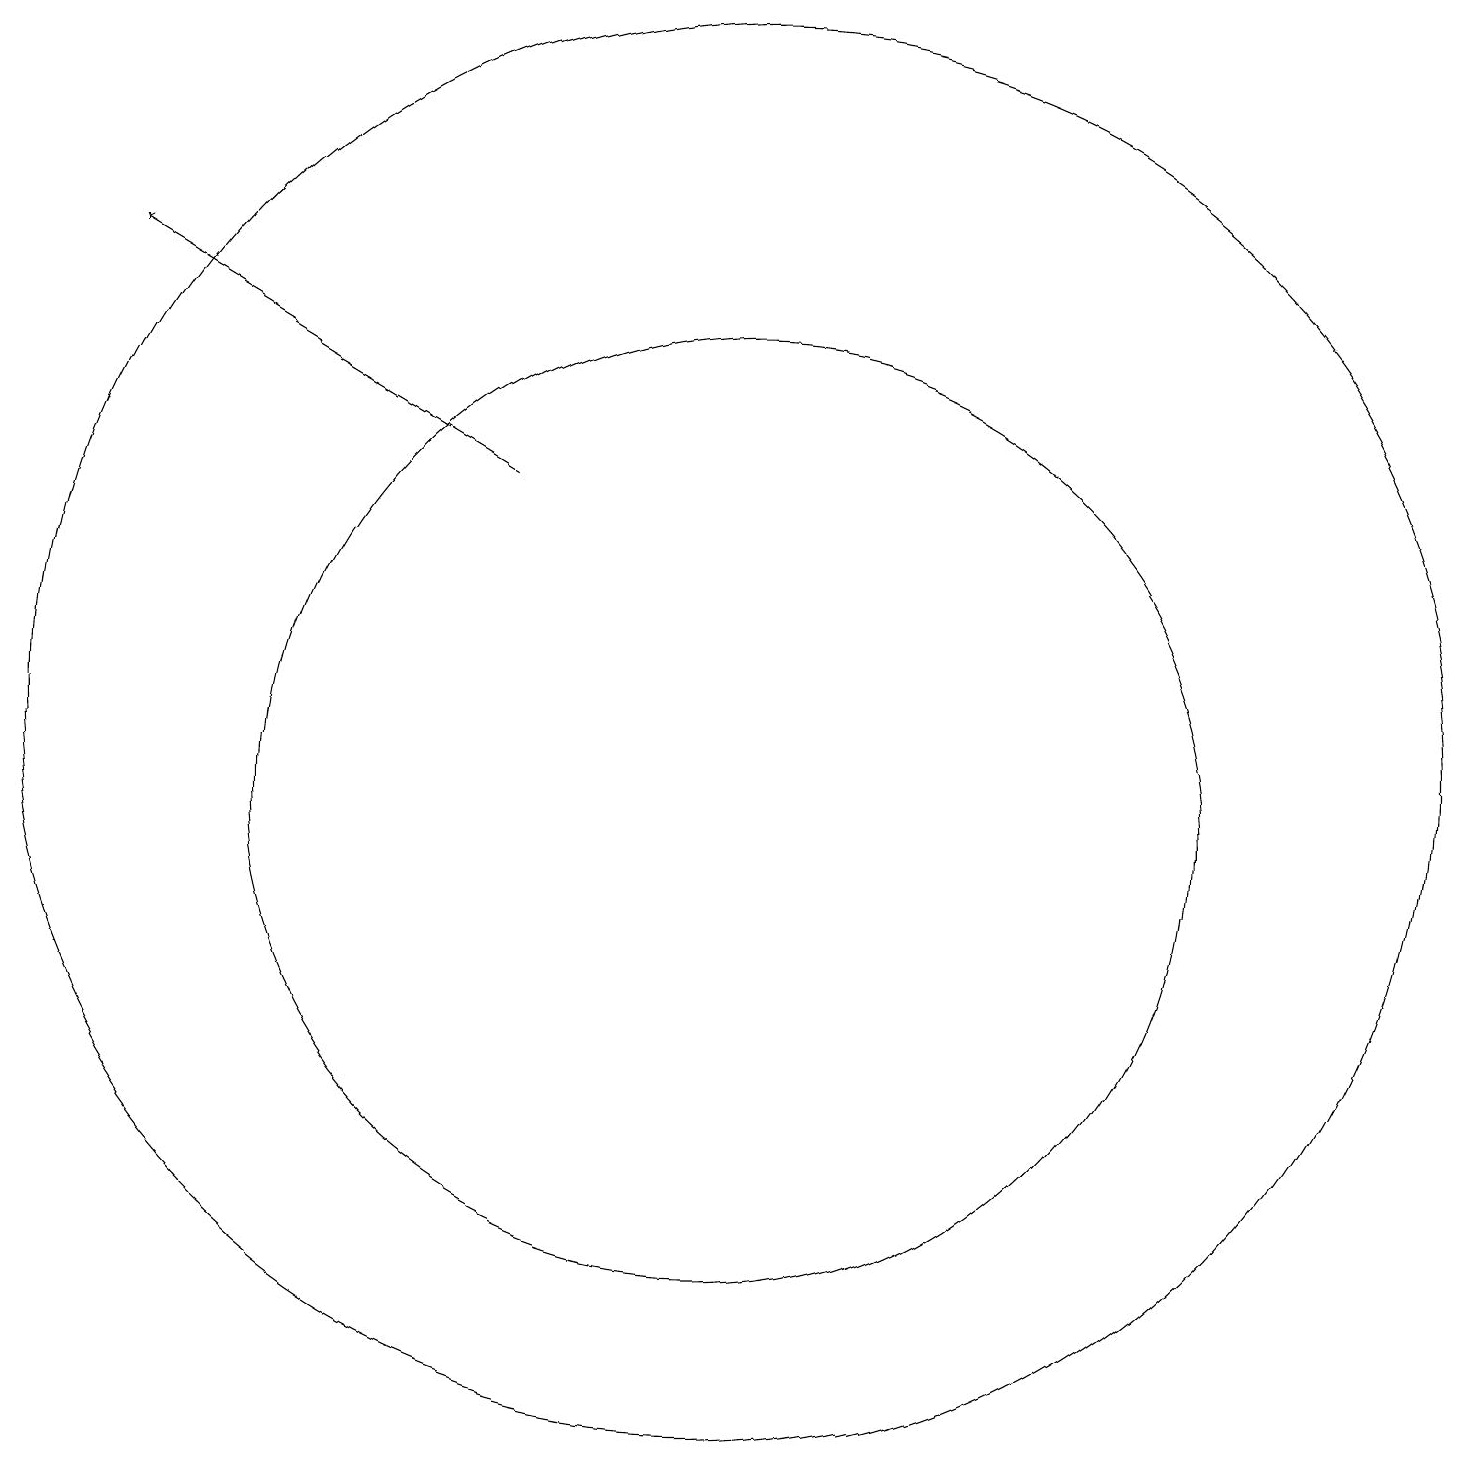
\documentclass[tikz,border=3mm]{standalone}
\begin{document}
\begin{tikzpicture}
\draw (10,11) circle (9);
\draw[->] (7,14) -- (2,17);
\draw (10,10) circle (6);
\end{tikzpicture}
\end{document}